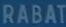
RABAT